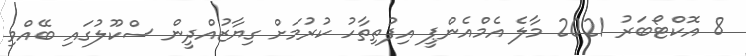
8 އޮކްޓޯބަރު 2021 މާލެ އެމްއެންޕީ އިފުތިތާހު ކުރުމަށް ގިޔާޒުއްދީން ސްކޫލުގައި ބޭއްވި